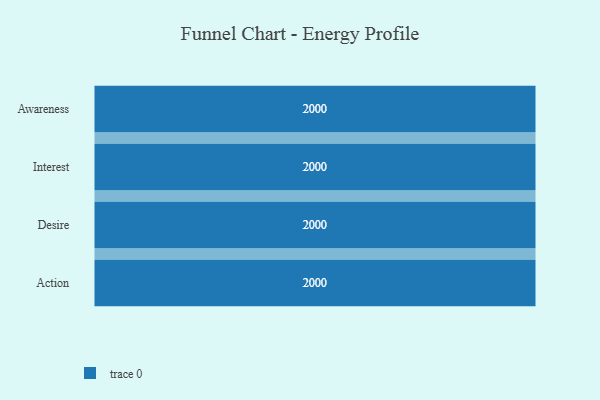
{"axis": {"x": "Stage", "y": "Value"}, "legend": [""], "data": [{"x": "Awareness", "y": 2000, "type": ""}, {"x": "Interest", "y": 2000, "type": ""}, {"x": "Desire", "y": 2000, "type": ""}, {"x": "Action", "y": 2000, "type": ""}]}